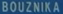
BOUZNÍKA